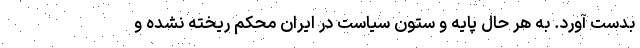
بدست آورد. به هر حال پایه و ستون سیاست در ایران محکم ریخته نشده و